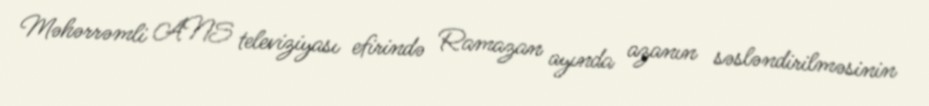
Məhərrəmli ANS televiziyası efirində Ramazan ayında azanın səsləndirilməsinin